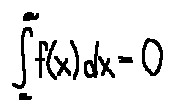
\int \limits _ { a } ^ { a } f ( x ) d x = 0